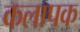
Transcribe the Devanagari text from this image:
कलापक